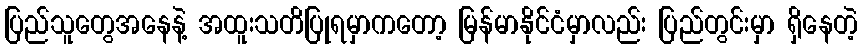
ပြည်သူတွေအနေနဲ့ အထူးသတိပြုရမှာကတော့ မြန်မာနိုင်ငံမှာလည်း ပြည်တွင်းမှာ ရှိနေတဲ့